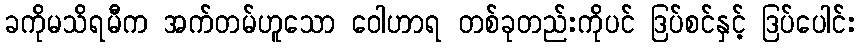
ခကိုမသိရမီက အက်တမ်ဟူသော ဝေါဟာရ တစ်ခုတည်းကိုပင် ဒြပ်စင်နှင့် ဒြပ်ပေါင်း